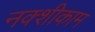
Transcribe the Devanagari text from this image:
नक्शीकाम